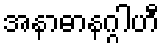
အနာဓာနဂ္ဂါဟီ